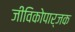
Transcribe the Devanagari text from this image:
जीविकोपार्जक